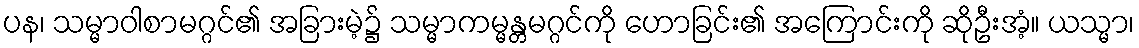
ပန၊ သမ္မာဝါစာမဂ္ဂင်၏ အခြားမဲ့၌ သမ္မာကမ္မန္တမဂ္ဂင်ကို ဟောခြင်း၏ အကြောင်းကို ဆိုဦးအံ့။ ယသ္မာ၊